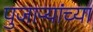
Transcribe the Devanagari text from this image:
पुजाऱ्यांच्या